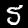
Label: 5